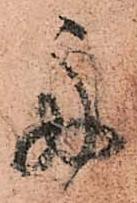
舟